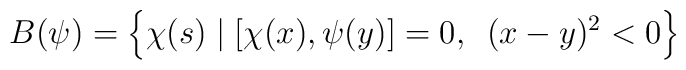
B(\psi )=\left\{ \chi (s)\mid [\chi (x),\psi (y)]=0,\,\,\,(x-y)^{2}<0\right\}